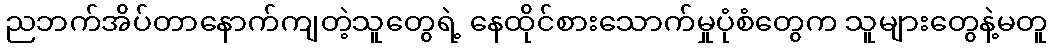
ညဘက်အိပ်တာနောက်ကျတဲ့သူတွေရဲ့ နေထိုင်စားသောက်မှုပုံစံတွေက သူများတွေနဲ့မတူ